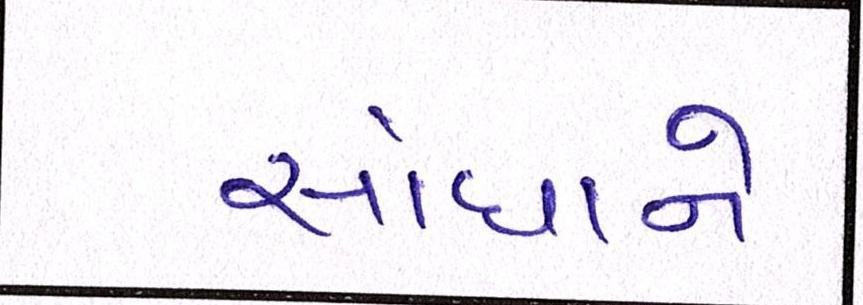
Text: સાંધાને